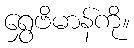
ရွှေဗိမာန်ကို။